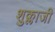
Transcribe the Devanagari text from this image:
शुक्लाजी